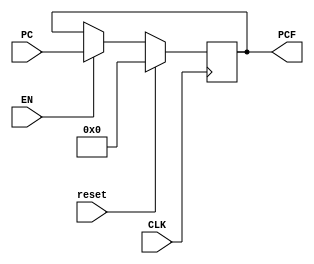
module Program_counter(PC,PCF,reset,CLK,EN);
input EN;
input reset;
input CLK;
input [31:0] PC;
output reg [31:0] PCF ;

always@(posedge CLK)begin
if(reset)
PCF<=32'h00000000;
else
if(EN)
PCF<=PC;
else 
PCF<=PCF;
end

endmodule